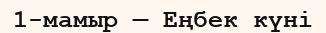
1-мамыр — Еңбек күні